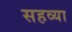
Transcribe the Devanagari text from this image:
सहव्या